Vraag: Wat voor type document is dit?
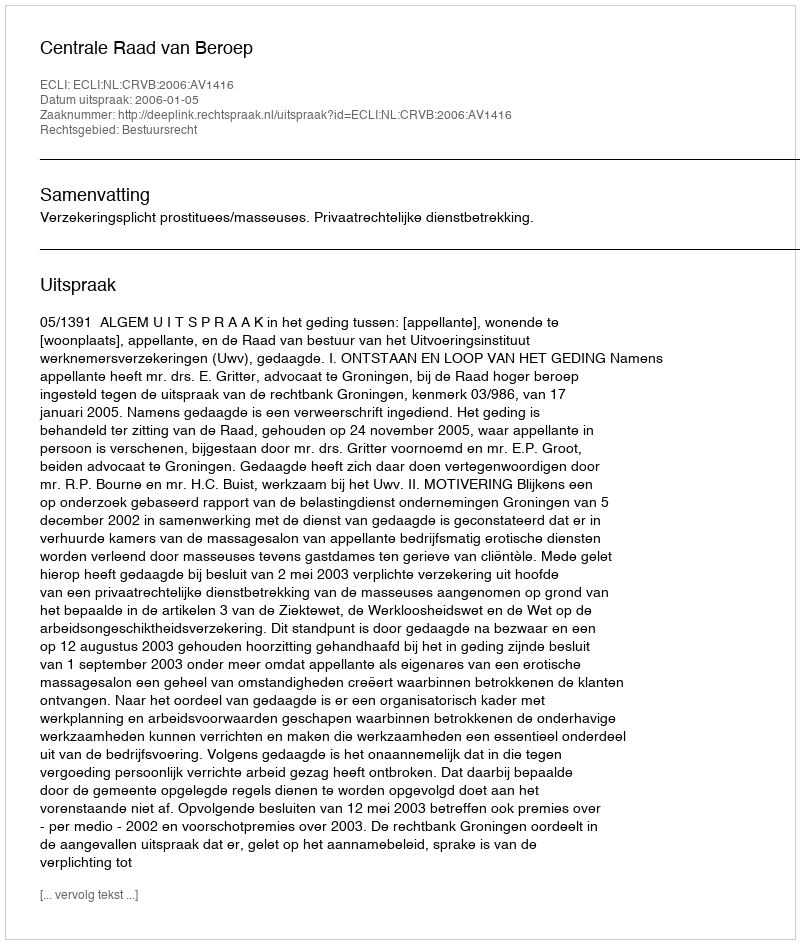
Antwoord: Uitspraak